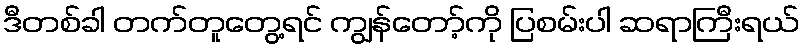
ဒီတစ်ခါ တက်တူတွေ့ရင် ကျွန်တော့်ကို ပြစမ်းပါ ဆရာကြီးရယ်